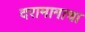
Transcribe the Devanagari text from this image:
दरामागाचा